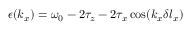
\epsilon ( k _ { x } ) = \omega _ { 0 } - 2 \tau _ { z } - 2 \tau _ { x } \cos ( k _ { x } \delta l _ { x } )